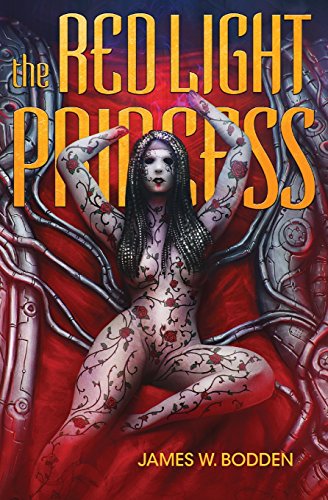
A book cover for The Red Light Princess; James W. Bodden; Science Fiction & Fantasy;